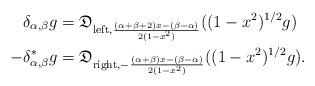
LaTeX: \begin{align*}\delta_{\alpha,\beta}g &= \mathfrak{D}_{{\rm left}, \frac{(\alpha+\beta+2)x-(\beta-\alpha)}{2(1-x^2)}}((1-x^2)^{1/2}g)\\-\delta^*_{\alpha,\beta}g &= \mathfrak{D}_{{\rm right}, -\frac{(\alpha+\beta)x-(\beta-\alpha)}{2(1-x^2)}}((1-x^2)^{1/2}g).\end{align*}